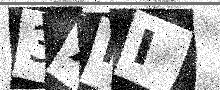
Text: 3XII